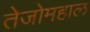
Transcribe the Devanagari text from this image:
तेजोमहाल